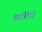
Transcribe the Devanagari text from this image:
परकिंजे